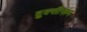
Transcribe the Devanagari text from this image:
ब्रुक्सीज़म